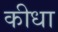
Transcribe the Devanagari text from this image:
कीधा